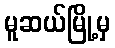
မူဆယ်မြို့မှ